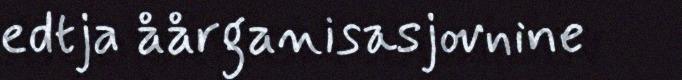
edtja åårganisasjovnine